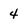
Character: 4